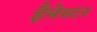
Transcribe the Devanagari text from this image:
हैमेस्टर